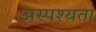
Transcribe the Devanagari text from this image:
अस्पश्यता